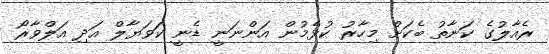
ރެއާލުގެ ކަނާތު ބެކަށް މިހާރު ކުޅެމުން އަންނަނީ ޑެނީ ކަވަޔާލް އަދި އަލްވާރޯ